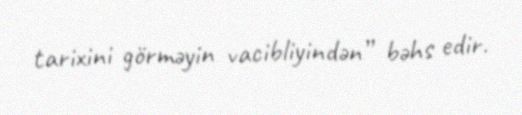
tarixini görməyin vacibliyindən” bəhs edir.